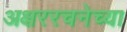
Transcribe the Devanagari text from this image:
अक्षररचनेच्या